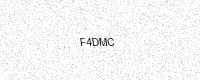
Text: F4DMC